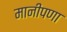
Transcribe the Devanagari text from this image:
मानीपणा